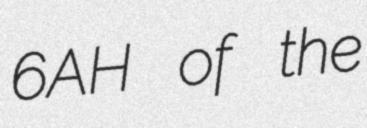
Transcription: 6AH of the